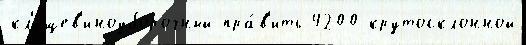
кл'ещев'иноуборочный пра́в'ить 4200 крутосклонной